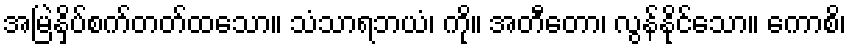
အမြဲနှိပ်စက်တတ်ထသော။ သံသာရဘယံ၊ ကို။ အတီတော၊ လွန်နိုင်သော။ ကောစိ၊